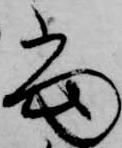
当